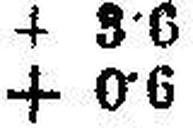
+ 0·6